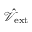
\hat { \mathcal { V } } _ { \mathrm { e x t } }